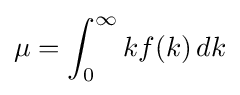
\mu =\int _{0}^{\infty }kf(k)\,dk